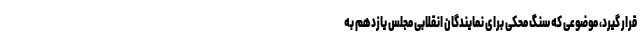
قرار گیرد، موضوعی که سنگ محکی برای نمایندگان انقلابی مجلس یازدهم به